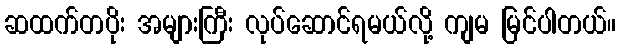
ဆထက်တပိုး အများကြီး လုပ်ဆောင်ရမယ်လို့ ကျမ မြင်ပါတယ်။